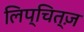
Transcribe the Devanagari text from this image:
लिप्चित्ज़